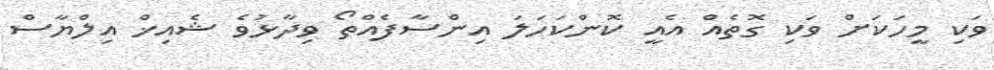
ވަކި މީހަކަށް ވަކި ގޮތެއް އެއީ ކޮންކަހަލަ އިންސާފެއްތޯ ވިދާޅުވެ ޝެއިޚް އިލްޔާސް